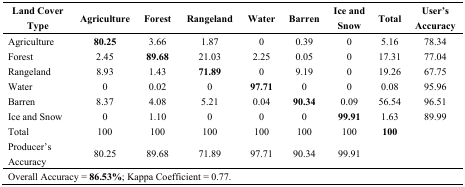
<table><thead><tr><td><b>Land Cover Type</b></td><td><b>Agriculture</b></td><td><b>Forest</b></td><td><b>Rangeland</b></td><td><b>Water</b></td><td><b>Barren</b></td><td><b>Ice and Snow</b></td><td><b>Total</b></td><td><b>User’s Accuracy</b></td></tr></thead><tbody><tr><td>Agriculture</td><td><b>80.25</b></td><td>3.66</td><td>1.87</td><td>0</td><td>0.39</td><td>0</td><td>5.16</td><td>78.34</td></tr><tr><td>Forest</td><td>2.45</td><td><b>89.68</b></td><td>21.03</td><td>2.25</td><td>0.05</td><td>0</td><td>17.31</td><td>77.04</td></tr><tr><td>Rangeland</td><td>8.93</td><td>1.43</td><td><b>71.89</b></td><td>0</td><td>9.19</td><td>0</td><td>19.26</td><td>67.75</td></tr><tr><td>Water</td><td>0</td><td>0.02</td><td>0</td><td><b>97.71</b></td><td>0</td><td>0</td><td>0.08</td><td>95.96</td></tr><tr><td>Barren</td><td>8.37</td><td>4.08</td><td>5.21</td><td>0.04</td><td><b>90.34</b></td><td>0.09</td><td>56.54</td><td>96.51</td></tr><tr><td>Ice and Snow</td><td>0</td><td>1.10</td><td>0</td><td>0</td><td>0</td><td><b>99.91</b></td><td>1.63</td><td>89.99</td></tr><tr><td>Total</td><td>100</td><td>100</td><td>100</td><td>100</td><td>100</td><td>100</td><td><b>100</b></td><td></td></tr><tr><td>Producer’s Accuracy </td><td>80.25</td><td>89.68</td><td>71.89</td><td>97.71</td><td>90.34</td><td>99.91</td><td></td><td></td></tr><tr><td colspan="9">Overall Accuracy = <b>86.53%</b>; Kappa Coefficient = 0.77.</td></tr></tbody></table>